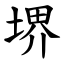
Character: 堺